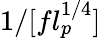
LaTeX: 1/[fl_{p}^{1/4}]